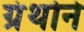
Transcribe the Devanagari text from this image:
ग्रंथोने